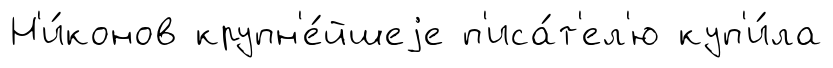
Н'и́конов крупн'е́йшеjе п'иса́т'ел'ю куп'и́ла